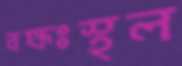
বক্ষঃস্থল